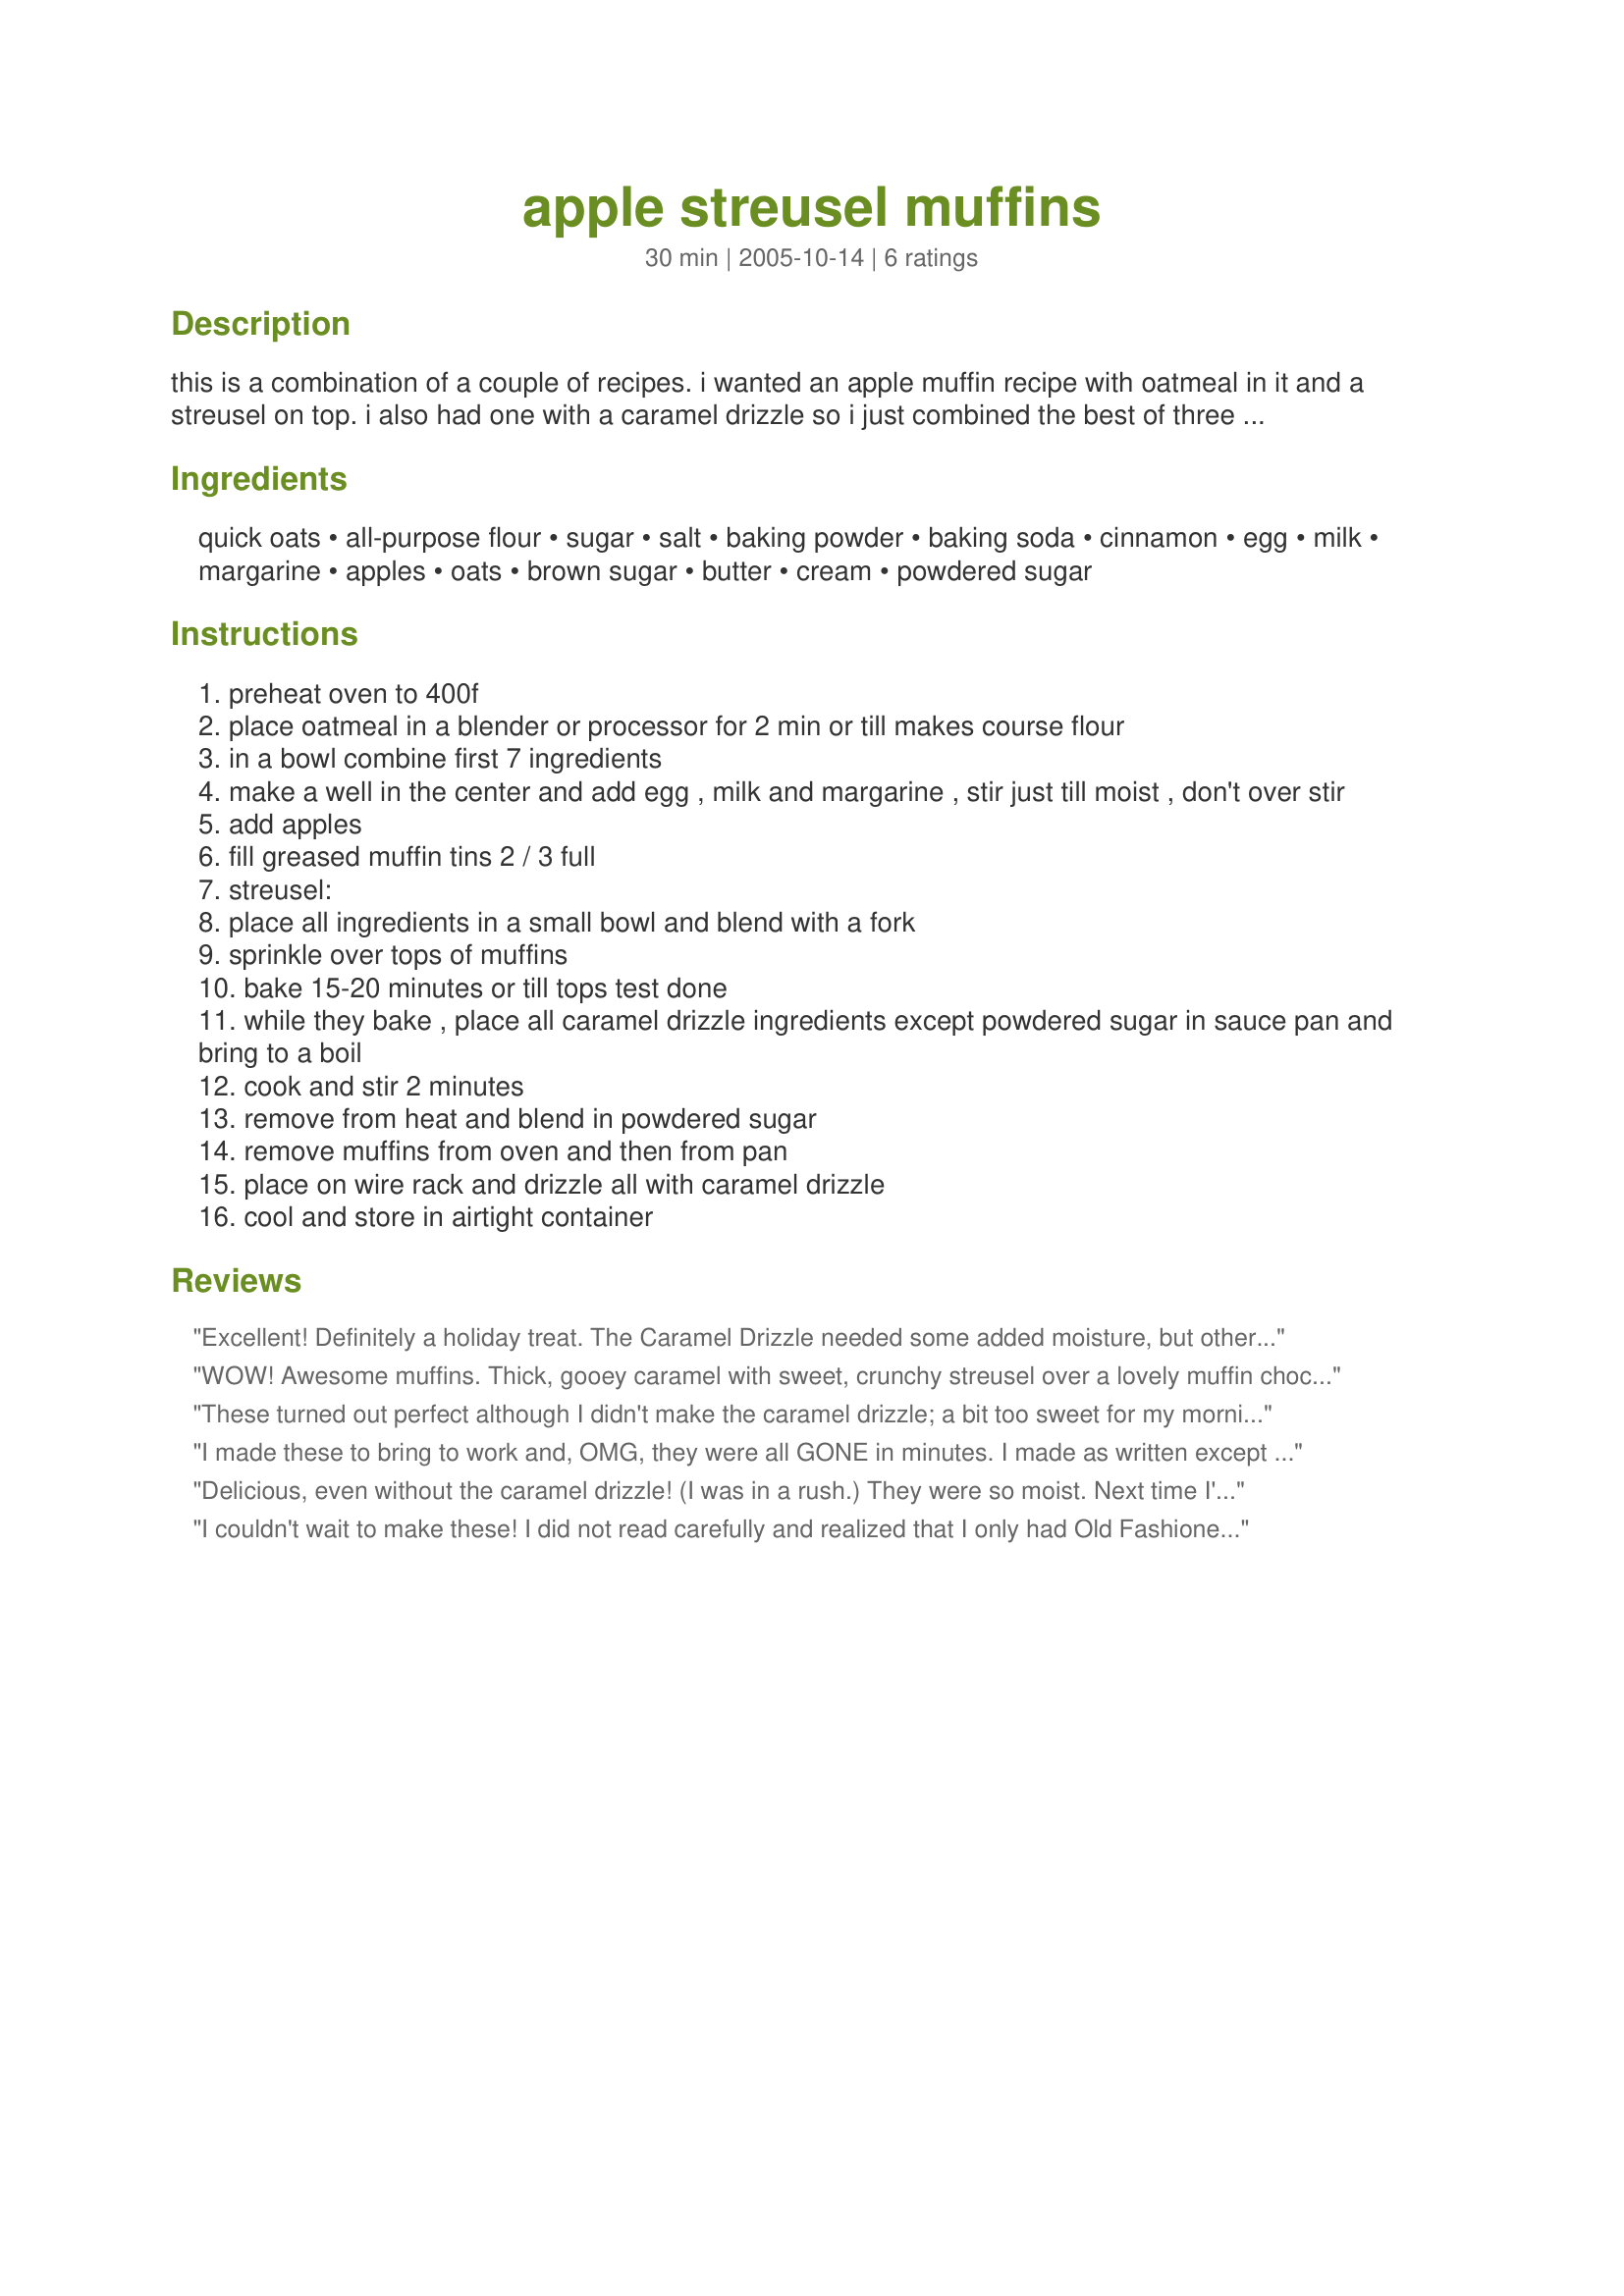
apple streusel muffins
Preparation time: 30 minutes

this is a combination of a couple of recipes. i wanted an apple muffin recipe with oatmeal in it and a streusel on top. i also had one with a caramel drizzle so i just combined the best of three recipes! this can be doubled.

Ingredients:
quick oats, all-purpose flour, sugar, salt, baking powder, baking soda, cinnamon, egg, milk, margarine, apples, oats, brown sugar, butter, cream, powdered sugar

Steps:
preheat oven to 400f
place oatmeal in a blender or processor for 2 min or till makes course flour
in a bowl combine first 7 ingredients
make a well in the center and add egg , milk and margarine , stir just till moist , don't over stir
add apples
fill greased muffin tins 2 / 3 full
streusel:
place all ingredients in a small bowl and blend with a fork
sprinkle over tops of muffins
bake 15-20 minutes or till tops test done
while they bake , place all caramel drizzle ingredients except powdered sugar in sauce pan and bring to a boil
cook and stir 2 minutes
remove from heat and blend in powdered sugar
remove muffins from oven and then from pan
place on wire rack and drizzle all with caramel drizzle
cool and store in airtight container

Reviews:
Excellent! Definitely a holiday treat.
The Caramel Drizzle needed some added moisture, but other than that, everyone loved them!
WOW! Awesome muffins. Thick, gooey caramel with sweet, crunchy streusel over a lovely muffin chock full of apples. Only tip I have is to cut the apples in very small dice. Thanks, homegirl, these are incredible!
These turned out perfect although I didn't make the caramel drizzle; a bit too sweet for my morning breakfast. Thanks for posting.
I made these to bring to work and, OMG, they were all GONE in minutes. I made as written except that since I wanted larger muffins, I jammed all the batter into my 12-muffin pan. They came out just fine, with nice, rounded tops. I'm definitely making these again, in fact the people at work want me to bring them in again next week....fat chance, it's someone else's turn! Thanks for posting this recipe homegirl!
Delicious, even without the caramel drizzle! (I was in a rush.) They were so moist. Next time I'll make the caramel too!
I couldn't wait to make these! I did not read carefully and realized that I only had Old Fashioned Oats, so I used them. My batter was runny and the oats didn't blend in well, so I was nervous about the outcome. Lucky for me, they still turned out great. I only got about ten muffins (I do make on the larger size), but didn't feel they were overly large. The glaze is really delicious and I kept dipping apple slices in while my muffins were baking.

Roxygirl
